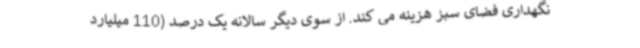
نگهداری فضای سبز هزینه می کند. از سوی دیگر سالانه یک درصد (110 میلیارد